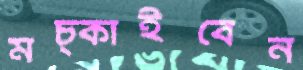
মচ্‌কাইবেন